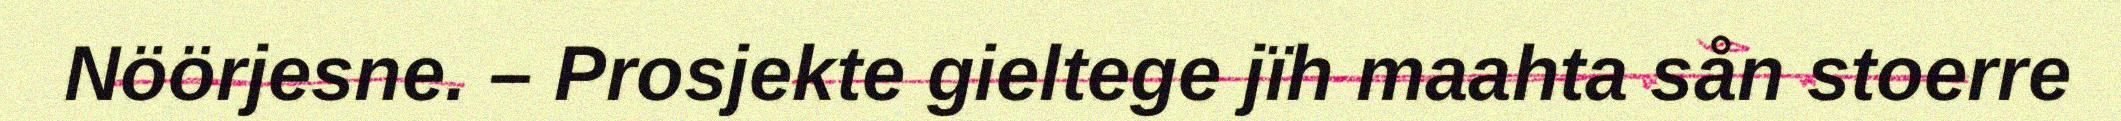
Nöörjesne. – Prosjekte gieltege jïh maahta sån stoerre